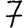
Digit: 7